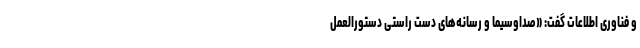
و فناوری اطلاعات گفت: «صداوسیما و رسانه‌های دست‌ راستی دستورالعمل